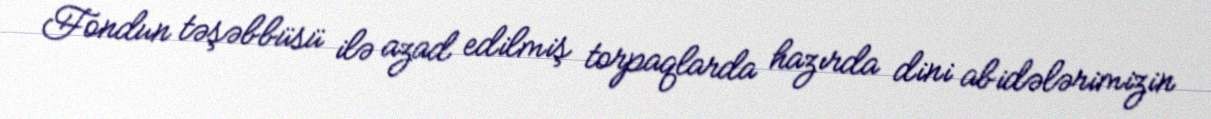
Fondun təşəbbüsü ilə azad edilmiş torpaqlarda hazırda dini abidələrimizin